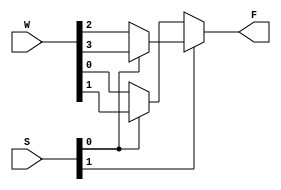
module Mux4to1 (W, S, F);
	input wire [3:0] W;
	input wire [1:0] S;
	output F;
	
	assign F = S[1] ? ( S[0] ? W[3] : W[2] ) : ( S[0] ? W[1] : W[0] );
endmodule